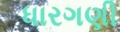
ધારગણી